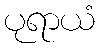
ပုရာယံ